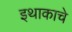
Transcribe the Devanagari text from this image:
इथाकाचे